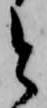
と